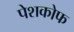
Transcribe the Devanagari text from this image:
पेशकोफ